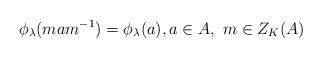
LaTeX: \begin{align*}\phi_\lambda(mam^{-1})=\phi_\lambda(a),a\in A, ~m\in Z_K(A)\end{align*}